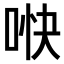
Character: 𫪎